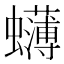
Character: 𮕓